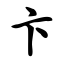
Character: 卞